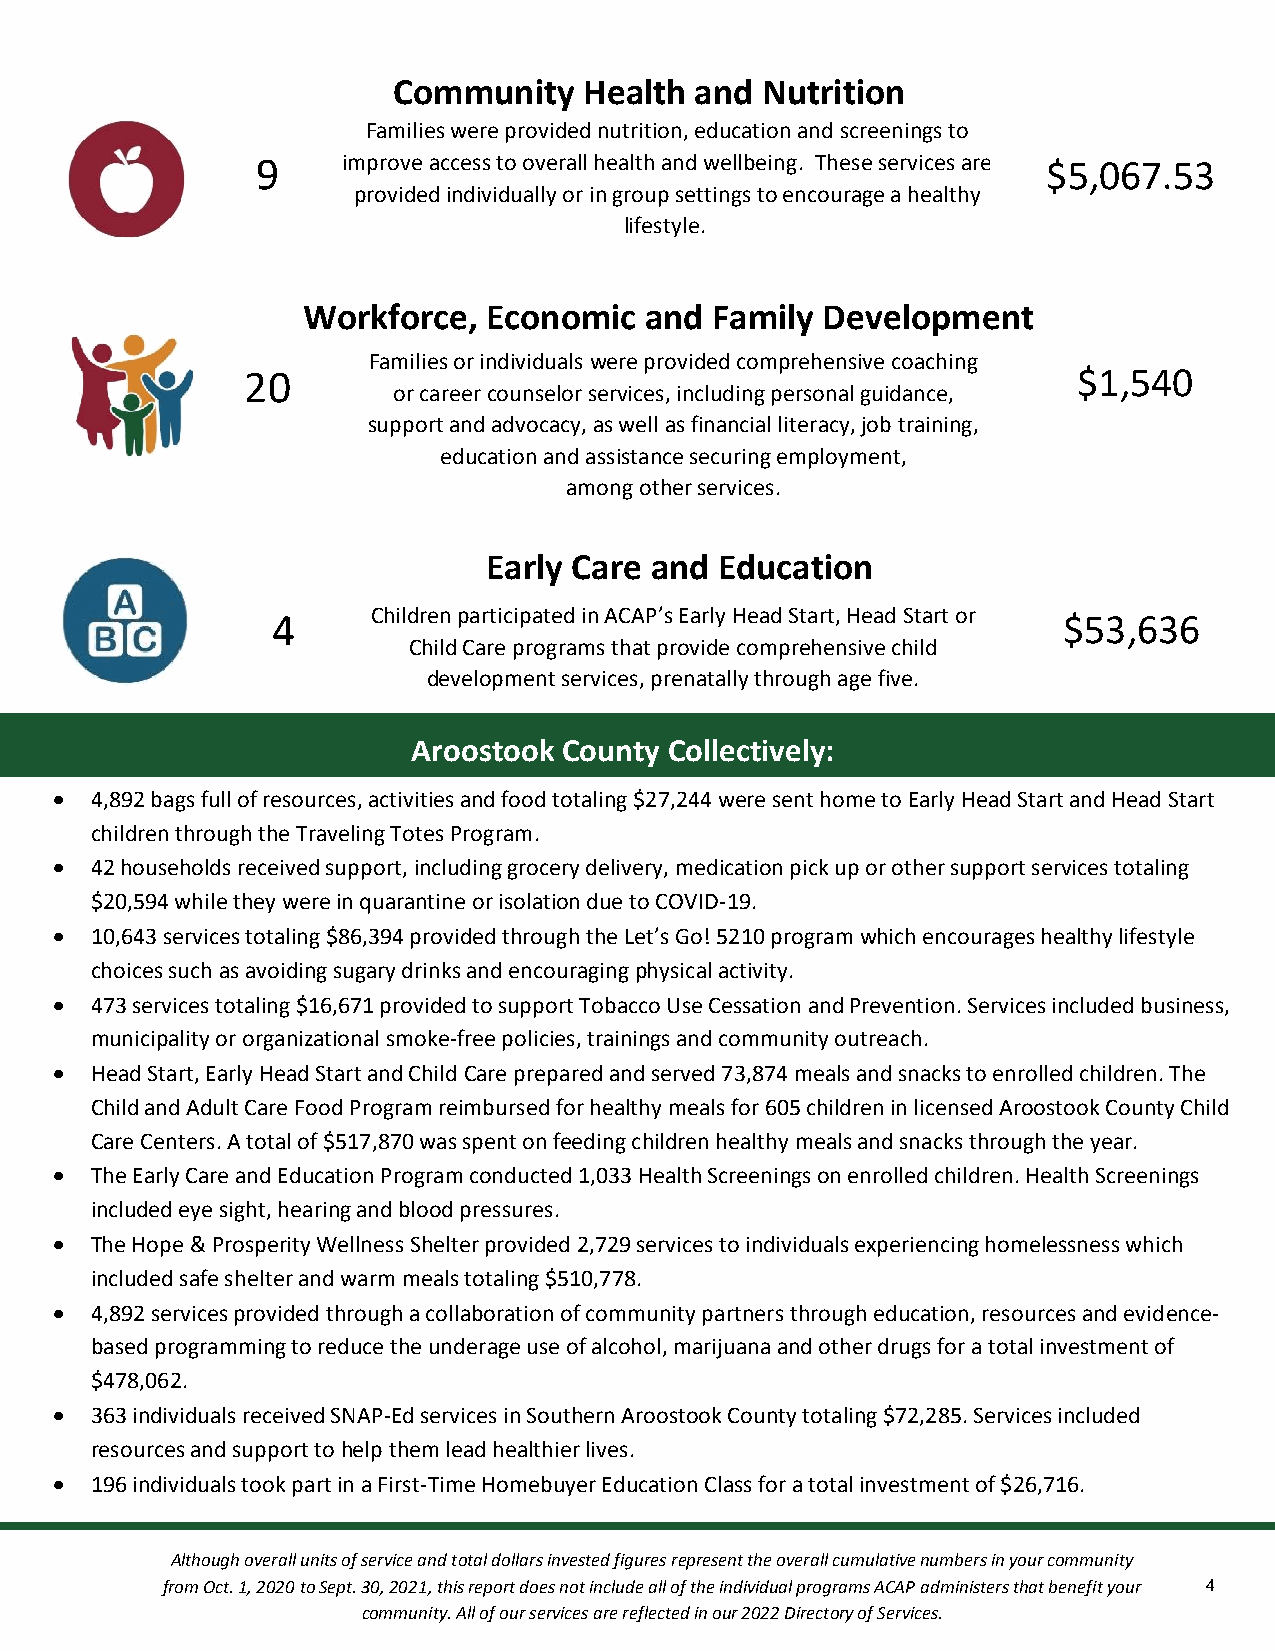
Community    Health and Nutrition
 Families were provided nutrition, education and screenings to
 9     imp rove access to overall healt&h a nd wellbeing. These services are $5,067.53
 provided individually or in group settings to encourage a healthy
 lifestyle.
 cation
 Workforce,  Economic   and Family Development
 Families or individuals were provided comprehensive coaching
 20                                                     $1,540
 or career counselor services, including personal guidacnacet,i on
 support and advocacy, as well as financial literacy, job training,
 education and assistance securing employment,
 among other services.
 Early Care and  Education
 4      Children participated in ACAP’s Early Head Start, Head Start or $53,636
 Child Care programs that provide comprehensive child
 development services, prenatally through age five.
 Aroostook County Collectively:
  4,892 bags full of resources, activities and food totaling $27,244 were sent home to Early Head Start and Head Start
 children through the Traveling Totes Program.
  42 households received support, including grocery delivery, medication pick up or other support services totaling
 $20,594 while they were in quarantine or isolation due to COVID-19.
  10,643 services totaling $86,394 provided through the Let’s Go! 5210 program which encourages healthy lifestyle
 choices such as avoiding sugary drinks and encouraging physical activity.
  473 services totaling $16,671 provided to support Tobacco Use Cessation and Prevention. Services included business,
 municipality or organizational smoke-free policies, trainings and community outreach.
  Head Start, Early Head Start and Child Care prepared and served 73,874 meals and snacks to enrolled children. The
 Child and Adult Care Food Program reimbursed for healthy meals for 605 children in licensed Aroostook County Child
 Care Centers. A total of $517,870 was spent on feeding children healthy meals and snacks through the year.
  The Early Care and Education Program conducted 1,033 Health Screenings on enrolled children. Health Screenings
 included eye sight, hearing and blood pressures.
  The Hope & Prosperity Wellness Shelter provided 2,729 services to individuals experiencing homelessness which
 included safe shelter and warm meals totaling $510,778.
  4,892 services provided through a collaboration of community partners through education, resources and evidence-
 based programming to reduce the underage use of alcohol, marijuana and other drugs for a total investment of
 $478,062.
  363 individuals received SNAP-Ed services in Southern Aroostook County totaling $72,285. Services included
 resources and support to help them lead healthier lives.
  196 individuals took part in a First-Time Homebuyer Education Class for a total investment of $26,716.
 Although overall units of service and total dollars invested figures represent the overall cumulative numbers in your community
 from Oct. 1, 2020 to Sept. 30, 2021, this report does not include all of the individual programs ACAP administers that benefit your 4
 community. All of our services are reflected in our 2022 Directory of Services.